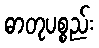
ဓာတုပစ္စည်း